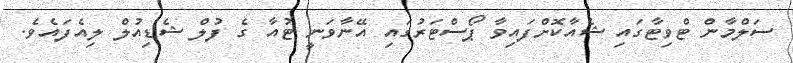
ސަލްމާން ޓްވިޓާގައި ޝެއާކޮށްފައިވާ ޕޯސްޓަރުގައި އޭނާވަނީ ޓުއާ ގެ ފުލް ޝެޑިއުލް ލިއެފައެވެ.